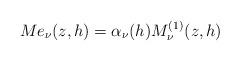
LaTeX: \begin{align*}Me_{\nu}(z,h)=\alpha_{\nu}(h)M^{(1)}_{\nu}(z,h)\end{align*}